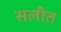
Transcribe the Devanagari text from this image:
सलीत